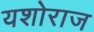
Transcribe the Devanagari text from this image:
यशोराज